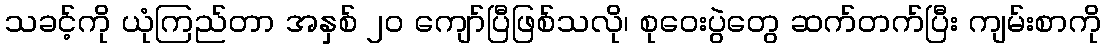
သခင့်ကို ယုံကြည်တာ အနှစ် ၂၀ ကျော်ပြီဖြစ်သလို၊ စုဝေးပွဲတွေ ဆက်တက်ပြီး ကျမ်းစာကို